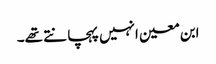
ابن معین انہیں پہچانتے تھے۔